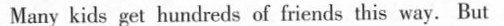
Many kids get hundreds of friends this way. But